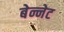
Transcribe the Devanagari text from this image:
बेन्नेट